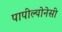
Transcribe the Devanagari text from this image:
पापील्योनेसी